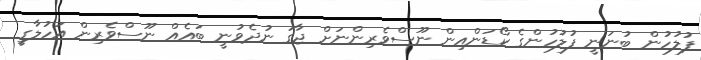
ފުލުހުން ބުނަނީ ފުލުހުންގެ ކޯޑަންއިން ނޫސްވެރިންނަށް ޖާގަ ނުދެވުނީ ބައެއް ނޫސްވެރިން އަހުލާގީ